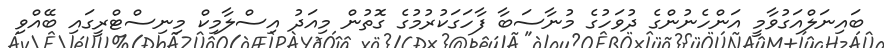
ބައިނަލްއަގުވާމީ އަންހެނުންގެ ދުވަހުގެ މުނާސަބާ ފާހަގަކުރުމުގެ ގޮތުން މިއަދު އިސްލާމިކް މިނިސްޓްރީގައި ބޭއްވި